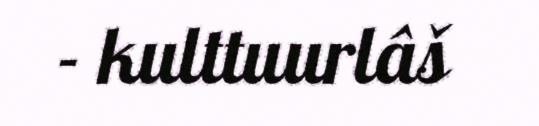
- kulttuurlâš